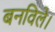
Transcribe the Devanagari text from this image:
बनविले।